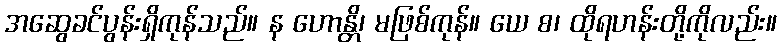
အဆွေခင်ပွန်းရှိကုန်သည်။ န ဟောန္တိ၊ မဖြစ်ကုန်။ ယေ စ၊ ထိုရဟန်းတို့ကိုလည်း။